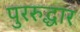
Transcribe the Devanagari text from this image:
पुररुद्धार